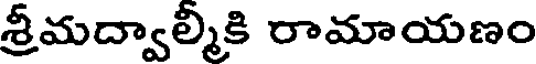
శ్రీమద్వాల్మికి రామాయణం